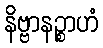
နိဗ္ဗာနဉ္စာဟံ